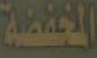
المخفضة